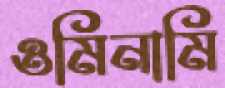
ওমিনামি